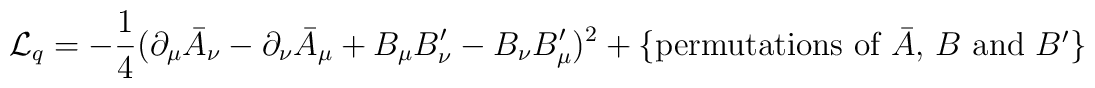
{\cal L}_{\sc q} = -\frac{1}{4}(\partial_{\mu}\bar{A}_{\nu}- \partial_{\nu}\bar{A}_{\mu}+ B_{\mu}B'_{\nu} - B_{\nu}B'_{\mu})^2+\{\mbox{permutations of $\bar{A}$, $B$ and $B'$}\}